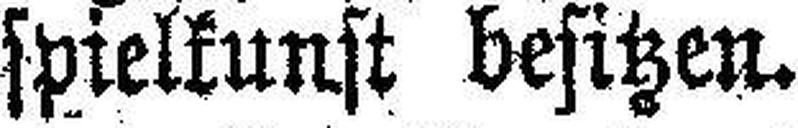
spielkunst besitzen.